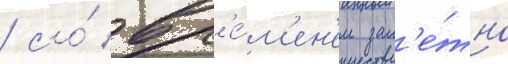
/ со́ вр'е́м'ен'ем зам'е́тно